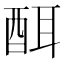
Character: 䣵